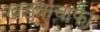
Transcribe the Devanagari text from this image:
खडकचाफा